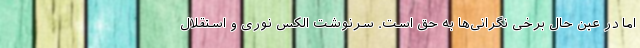
اما در عین حال برخی نگرانی‌ها به حق است. سرنوشت الکس نوری و استقلال